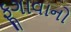
ફૂગાવાનો